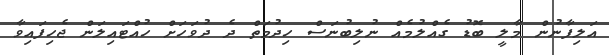
އަލިފާނުން މާލީ ބޮޑު ގެއްލުމެއް ނުލިބުނަސް ހިދުމަތް ދެ ދުވަހަށް ހުއްޓައިލަން ޖެހިފައިވާ